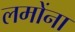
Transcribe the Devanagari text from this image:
लमोंना